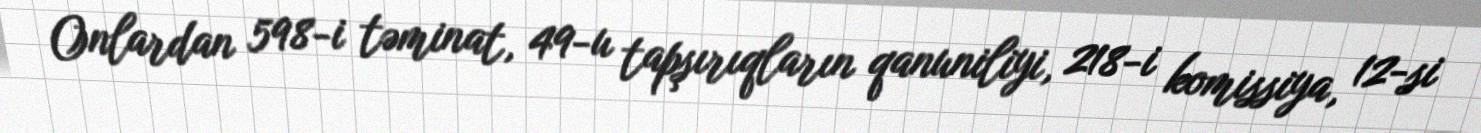
Onlardan 598-i təminat, 49-u tapşırıqların qanuniliyi, 218-i komissiya, 12-si